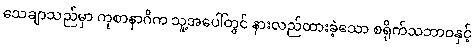
သေချာသည်မှာ ကုစာနာဂိက သူ့အပေါ်တွင် နားလည်ထားခဲ့သော စရိုက်သဘာဝနှင့်